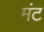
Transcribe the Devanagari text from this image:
मंट